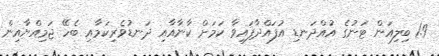
1.9 ބިލިއަން ޓަނުގެ އުއްދަނޑި އުފައްދާފައިވާ ކަމަށް ކާނާއާއި ދަނޑުވެރިކަމާއި ބެހޭ ޖަމިއްޔާއިން